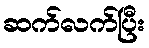
ဆက်လက်ပြီး